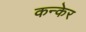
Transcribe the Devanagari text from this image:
कन्केर